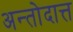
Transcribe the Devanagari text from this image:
अन्तोदात्त